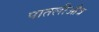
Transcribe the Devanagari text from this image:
पातलीऔत्र